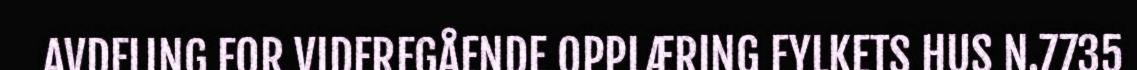
AVDELING FOR VIDEREGÅENDE OPPLÆRING FYLKETS HUS N.7735